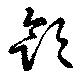
飮